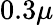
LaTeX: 0.3{\mu}